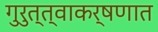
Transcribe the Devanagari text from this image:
गुरुत्त्वाकर्षणात